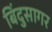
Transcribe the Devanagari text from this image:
बिंदुसागर